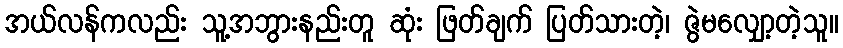
အယ်လန်ကလည်း သူ့အဘွားနည်းတူ ဆုံး ဖြတ်ချက် ပြတ်သားတဲ့၊ ဇွဲမလျှော့တဲ့သူ။